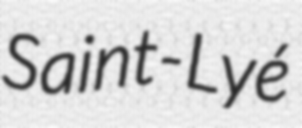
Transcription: Saint-Lyé